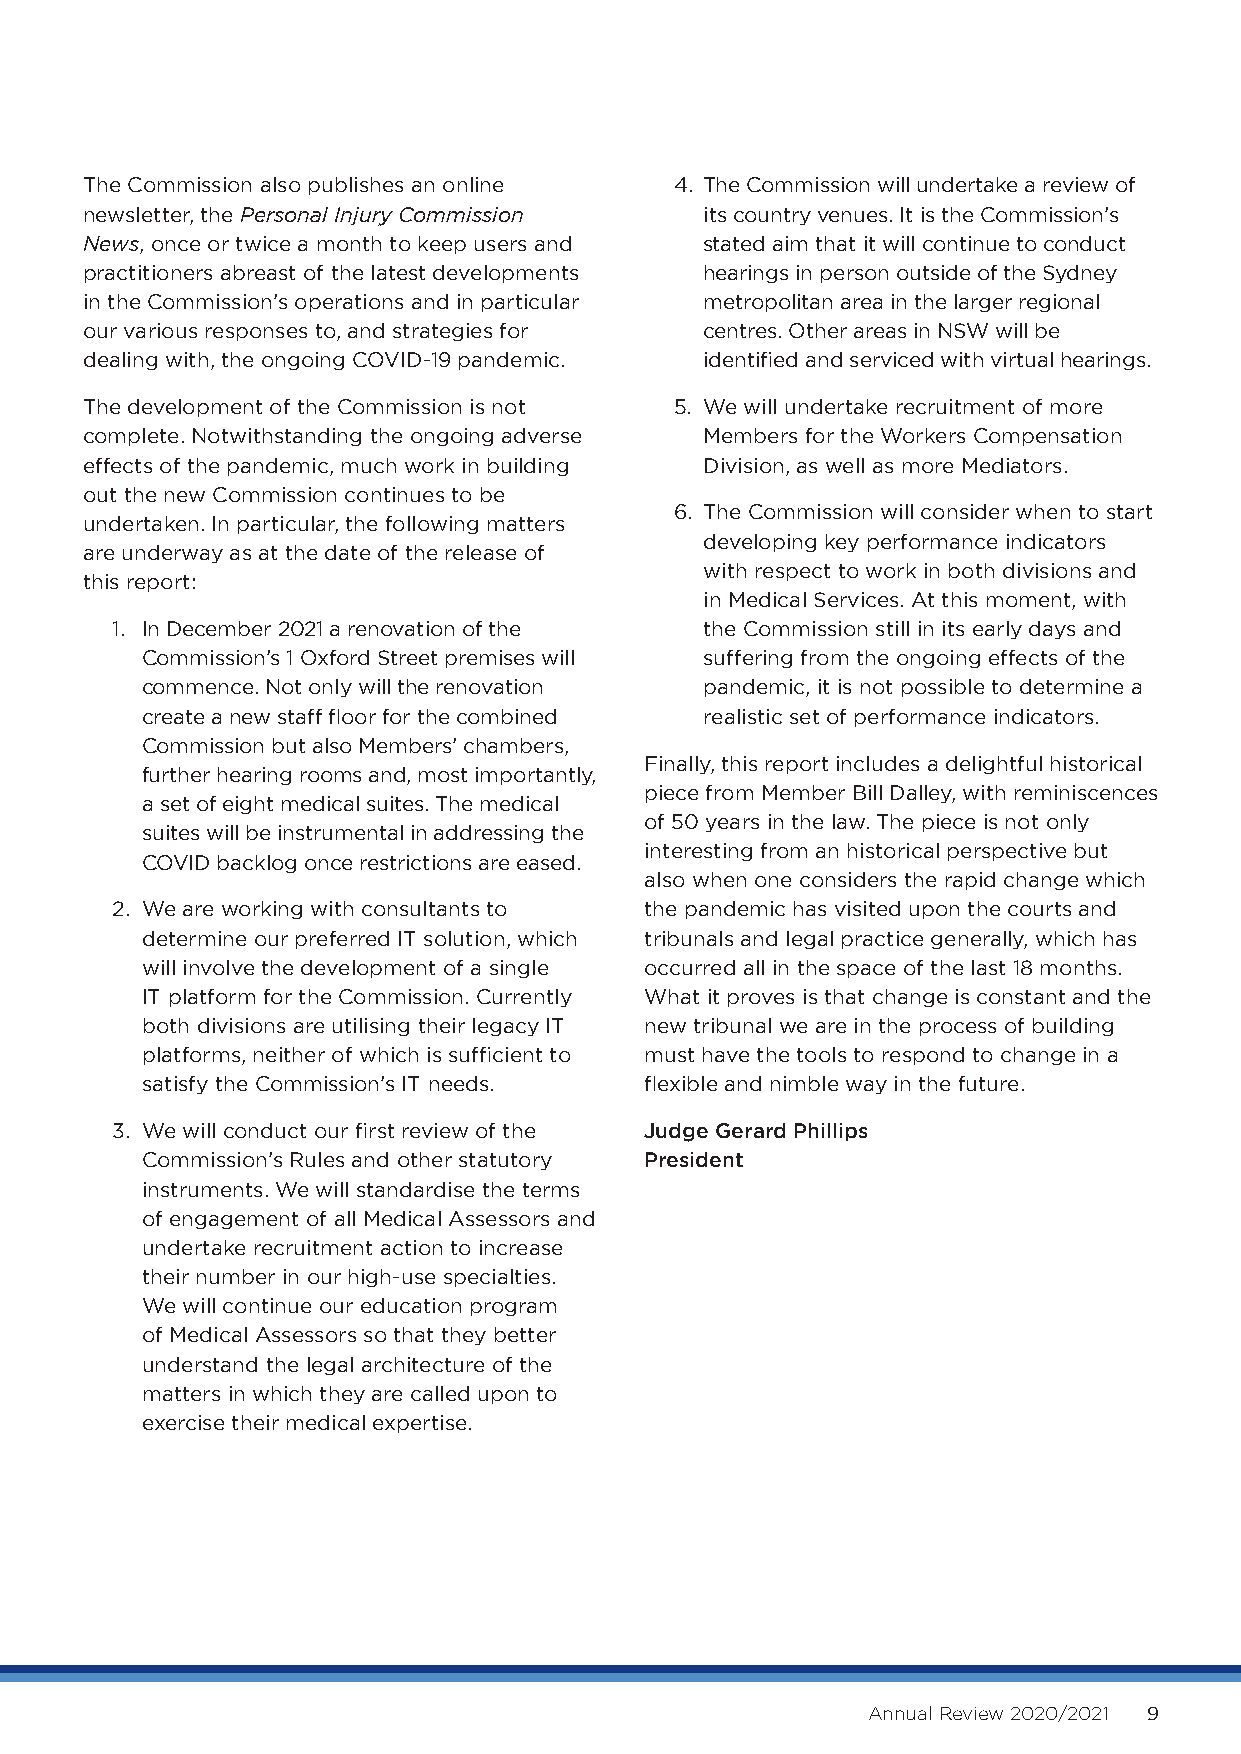
The Commission also publishes an online 4. T he Commission will undertake a review of
 newsletter, the Personal Injury Commission its country venues. It is the Commission’s
 News, once or twice a month to keep users and stated aim that it will continue to conduct
 practitioners abreast of the latest developments hearings in person outside of the Sydney
 in the Commission’s operations and in particular metropolitan area in the larger regional
 our various responses to, and strategies for centres. Other areas in NSW will be
 dealing with, the ongoing COVID-19 pandemic. identified and serviced with virtual hearings.
 The development of the Commission is not 5. W e will undertake recruitment of more
 complete. Notwithstanding the ongoing adverse Members for the Workers Compensation
 effects of the pandemic, much work in building Division, as well as more Mediators.
 out the new Commission continues to be
 6. T he Commission will consider when to start
 undertaken. In particular, the following matters
 developing key performance indicators
 are underway as at the date of the release of
 with respect to work in both divisions and
 this report:
 in Medical Services. At this moment, with
 1. I n December 2021 a renovation of the the Commission still in its early days and
 Commission’s 1 Oxford Street premises will suffering from the ongoing effects of the
 commence. Not only will the renovation pandemic, it is not possible to determine a
 create a new staff floor for the combined realistic set of performance indicators.
 Commission but also Members’ chambers,
 Finally, this report includes a delightful historical
 further hearing rooms and, most importantly,
 piece from Member Bill Dalley, with reminiscences
 a set of eight medical suites. The medical
 of 50 years in the law. The piece is not only
 suites will be instrumental in addressing the
 interesting from an historical perspective but
 COVID backlog once restrictions are eased.
 also when one considers the rapid change which
 2. W e are working with consultants to the pandemic has visited upon the courts and
 determine our preferred IT solution, which tribunals and legal practice generally, which has
 will involve the development of a single occurred all in the space of the last 18 months.
 IT platform for the Commission. Currently What it proves is that change is constant and the
 both divisions are utilising their legacy IT new tribunal we are in the process of building
 platforms, neither of which is sufficient to must have the tools to respond to change in a
 satisfy the Commission’s IT needs. flexible and nimble way in the future.
 3. We will conduct our first review of the Judge Gerard Phillips
 Commission’s Rules and other statutory President
 instruments. We will standardise the terms
 of engagement of all Medical Assessors and
 undertake recruitment action to increase
 their number in our high-use specialties.
 We will continue our education program
 of Medical Assessors so that they better
 understand the legal architecture of the
 matters in which they are called upon to
 exercise their medical expertise.
 Annual Review 2020/2021 9